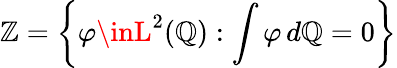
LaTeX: \mathbb{Z}=\left\{ \varphi\inL^{2}(\mathbb{{Q}}):\int\varphi\, d\mathbb{{Q}}=0\right\}